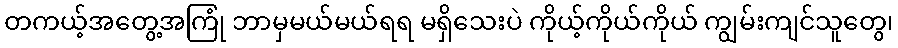
တကယ့်အတွေ့အကြုံ ဘာမှမယ်မယ်ရရ မရှိသေးပဲ ကိုယ့်ကိုယ်ကိုယ် ကျွမ်းကျင်သူတွေ၊